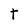
Character: T